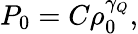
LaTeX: P_{0}=C\rho_{0}^{\gamma_{Q}},